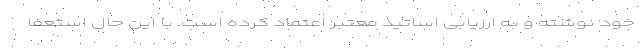
خود نوشته و به ارزیابی اساتید معتبر اعتماد کرده است. با این حال استعفا